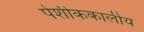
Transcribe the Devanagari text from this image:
पेशीककालीय